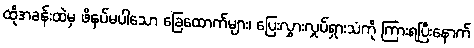
ထိုအခန်းထဲမှ ဖိနပ်မပါသော ခြေထောက်များ၊ ပြေးလွှားလှုပ်ရှားသံကို ကြားရပြီးနောက်